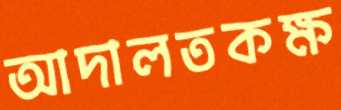
আদালতকক্ষ